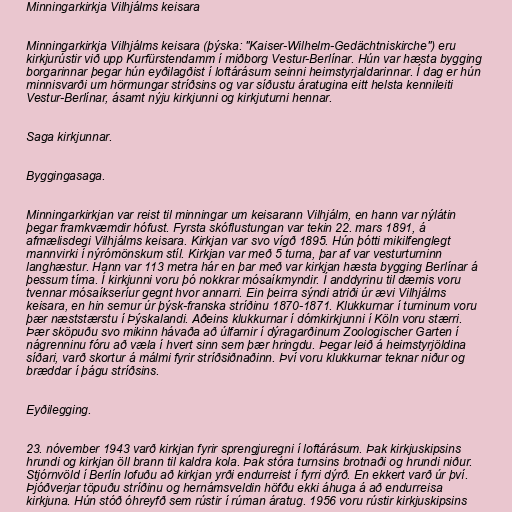
Minningarkirkja Vilhjálms keisara

Minningarkirkja Vilhjálms keisara (þýska: "Kaiser-Wilhelm-Gedächtniskirche") eru
kirkjurústir við upp Kurfürstendamm í miðborg Vestur-Berlínar. Hún var hæsta bygging
borgarinnar þegar hún eyðilagðist í loftárásum seinni heimstyrjaldarinnar. Í dag er hún
minnisvarði um hörmungar stríðsins og var síðustu áratugina eitt helsta kennileiti
Vestur-Berlínar, ásamt nýju kirkjunni og kirkjuturni hennar.

Saga kirkjunnar.

Byggingasaga.

Minningarkirkjan var reist til minningar um keisarann Vilhjálm, en hann var nýlátin
þegar framkvæmdir hófust. Fyrsta skóflustungan var tekin 22. mars 1891, á
afmælisdegi Vilhjálms keisara. Kirkjan var svo vígð 1895. Hún þótti mikilfenglegt
mannvirki í nýrómönskum stíl. Kirkjan var með 5 turna, þar af var vesturturninn
langhæstur. Hann var 113 metra hár en þar með var kirkjan hæsta bygging Berlínar á
þessum tíma. Í kirkjunni voru þó nokkrar mósaíkmyndir. Í anddyrinu til dæmis voru
tvennar mósaíkseríur gegnt hvor annarri. Ein þeirra sýndi atriði úr ævi Vilhjálms
keisara, en hin semur úr þýsk-franska stríðinu 1870-1871. Klukkurnar í turninum voru
þær næststærstu í Þýskalandi. Aðeins klukkurnar í dómkirkjunni í Köln voru stærri.
Þær sköpuðu svo mikinn hávaða að úlfarnir í dýragarðinum Zoologischer Garten í
nágrenninu fóru að væla í hvert sinn sem þær hringdu. Þegar leið á heimstyrjöldina
síðari, varð skortur á málmi fyrir stríðsiðnaðinn. Því voru klukkurnar teknar niður og
bræddar í þágu stríðsins.

Eyðilegging.

23. nóvember 1943 varð kirkjan fyrir sprengjuregni í loftárásum. Þak kirkjuskipsins
hrundi og kirkjan öll brann til kaldra kola. Þak stóra turnsins brotnaði og hrundi niður.
Stjórnvöld í Berlín lofuðu að kirkjan yrði endurreist í fyrri dýrð. En ekkert varð úr því.
Þjóðverjar töpuðu stríðinu og hernámsveldin höfðu ekki áhuga á að endurreisa
kirkjuna. Hún stóð óhreyfð sem rústir í rúman áratug. 1956 voru rústir kirkjuskipsins